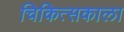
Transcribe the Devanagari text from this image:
चिकित्सकाला